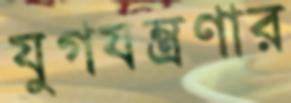
যুগযন্ত্রণার